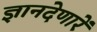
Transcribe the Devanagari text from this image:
ज्ञानदेणारें